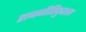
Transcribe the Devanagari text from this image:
राजनीतिकुशल